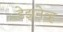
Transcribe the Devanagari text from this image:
डेझनेव्ह